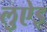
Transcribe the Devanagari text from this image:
लुऐइ